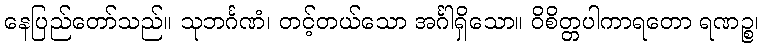
နေပြည်တော်သည်။ သုဘင်္ဂဏံ၊ တင့်တယ်သော အင်္ဂါရှိသော။ ဝိစိတ္တပါကာရတော ရဏဉ္စ၊